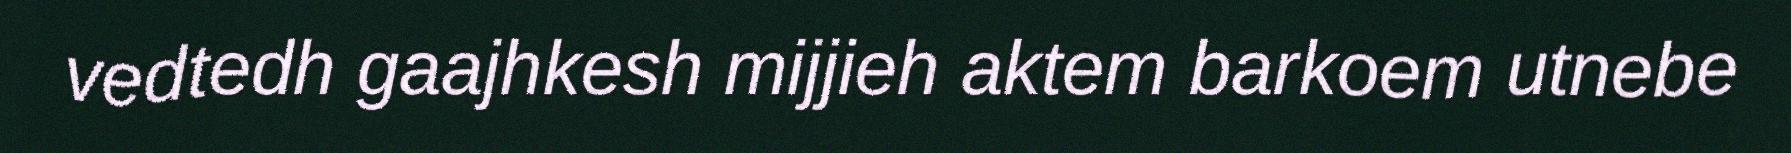
vedtedh gaajhkesh mijjieh aktem barkoem utnebe